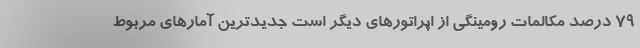
79 درصد مکالمات رومینگی از اپراتورهای دیگر است جدیدترین آمارهای مربوط